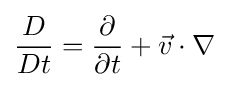
{\frac {D}{Dt}}={\frac {\partial }{\partial t}}+{\vec {v}}\cdot \nabla